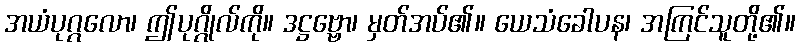
အယံပုဂ္ဂလော၊ ဤပုဂ္ဂိုလ်ကို။ ဒဋ္ဌဗ္ဗော၊ မှတ်အပ်၏။ ယေသံခေါပန၊ အကြင်သူတို့၏။